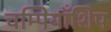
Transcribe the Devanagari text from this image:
चम्पियाँशिप